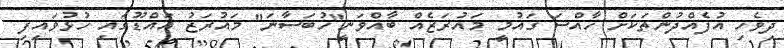
ދިވެހި އުފެއްދުންތަކަށް ހާއްސަ ގައުމީ މައުރަޒެއް ބާއްވަނީ"ހުބަސާނަ" މައުރަޒު އައްޑޫގައި ހުޅުވައިފި